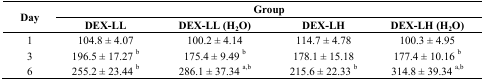
<table><thead><tr><td rowspan="2"><b>Day</b></td><td colspan="4"><b>Group</b></td></tr><tr><td><b>DEX-LL</b></td><td><b>DEX-LL (H<sub>2</sub>O)</b></td><td><b>DEX-LH</b></td><td><b>DEX-LH (H<sub>2</sub>O)</b></td></tr></thead><tbody><tr><td>1</td><td>104.8 ± 4.07</td><td>100.2 ± 4.14</td><td>114.7 ± 4.78</td><td>100.3 ± 4.95</td></tr><tr><td>3</td><td>196.5 ± 17.27 <sup>b</sup></td><td>175.4 ± 9.49 <sup>b</sup></td><td>178.1 ± 15.18</td><td>177.4 ± 10.16 <sup>b</sup></td></tr><tr><td>6</td><td>255.2 ± 23.44 <sup>b</sup></td><td>286.1 ± 37.34 <sup>a,b</sup></td><td>215.6 ± 22.33 <sup>b</sup></td><td>314.8 ± 39.34 <sup>a,b</sup></td></tr></tbody></table>